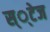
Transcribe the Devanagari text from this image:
स््टेज